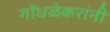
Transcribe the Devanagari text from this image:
गोंधळेकरांनी